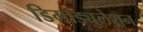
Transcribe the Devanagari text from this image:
डिमॉड्युलेशन